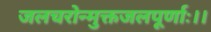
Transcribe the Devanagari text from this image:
जलचरोन्मुक्तजलपूर्णाः।।